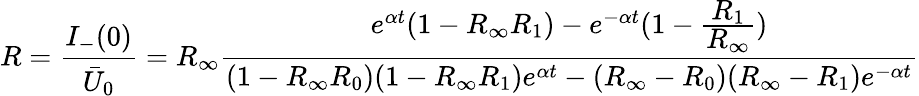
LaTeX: R=\frac{I_{-}(0)}{\bar{U}_{0}}=R_{\infty}\frac{e^{\alpha t}(1-R_{\infty}R_{1})-e^{-\alpha t}(1-\frac{\displaystyle R_{1}}{\displaystyle R_{\infty}})}{(1-R_{\infty}R_{0})(1-R_{\infty}R_{1})e^{\alpha t}-(R_{\infty}-R_{0})(R_{\infty}-R_{1})e^{-\alpha t}}